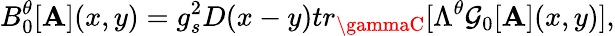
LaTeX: B_{0}^{\theta}[{\cal{\mathbf{A}}}](x,y)=g_{s}^{2}D(x-y)tr_{\gammaC}[\Lambda^{\theta}{\cal{G}}_{0}[{\cal{\mathbf{A}}}](x,y)],